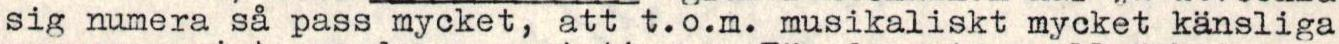
sig numera så pass mycket, att t.o.m. musikaliskt mycket känsliga